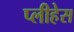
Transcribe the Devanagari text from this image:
प्लीहेस